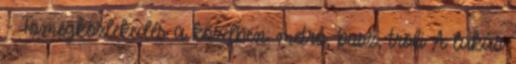
- Tömegközlekedés a közelben: metró, busz, troli A lakás